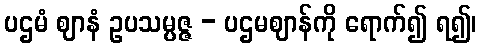
ပဌမံ ဈာနံ ဥပသမ္ပဇ္ဇ - ပဌမဈာန်ကို ရောက်၍ ရ၍၊